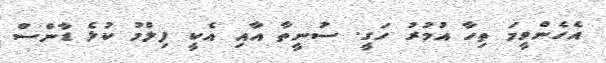
އެހެންވީމަ ތިހާ އުމުރު ހަގީ. ސުނީތާ އާއި އެކީ ފިލްމު ކުޅެ ޑާންސް